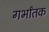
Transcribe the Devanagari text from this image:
गर्भांतक